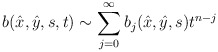
\begin{align*} b(\hat x, \hat y, s, t)\sim\sum^\infty_{j=0}b_j(\hat x,\hat y, s)t^{n-j}\end{align*}